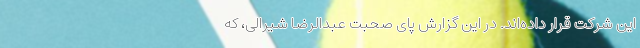
این شرکت قرار داده‌اند. در این گزارش پای صحبت عبدالرضا شیرالی، که